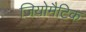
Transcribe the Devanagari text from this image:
जियोमैटिक